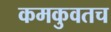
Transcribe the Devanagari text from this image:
कमकुवतच